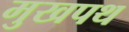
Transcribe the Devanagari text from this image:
मुखपथ